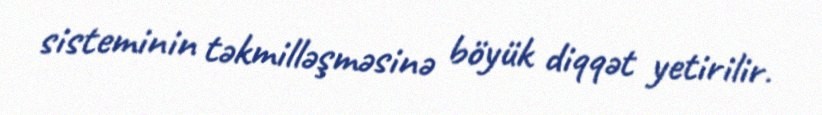
sisteminin təkmilləşməsinə böyük diqqət yetirilir.